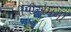
પીપીએમની